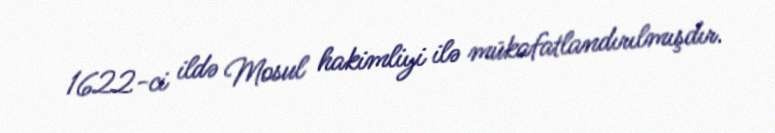
1622-ci ildə Mosul hakimliyi ilə mükafatlandırılmışdır.